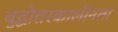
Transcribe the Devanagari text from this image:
बुद्धोत्तरकालीनता